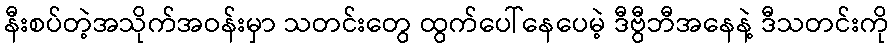
နီးစပ်တဲ့အသိုက်အဝန်းမှာ သတင်းတွေ ထွက်ပေါ်နေပေမဲ့ ဒီဗွီဘီအနေနဲ့ ဒီသတင်းကို